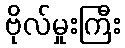
ဗိုလ်မှုးကြီး